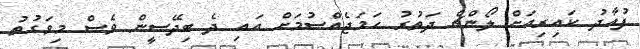
ފުއާދު ކައިރިއަށް ލޯންޗް ދަތުރު ހަމަޖެއްސުމަށް އައި ދެ ބިދޭސީން ވެސް މިވަގުތު